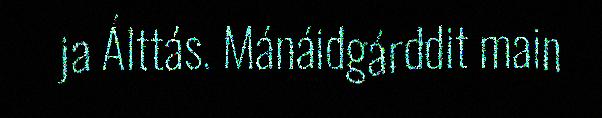
ja Álttás. Mánáidgárddit main